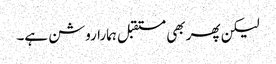
لیکن پھر بھی مستقبل ہمارا روشن ہے۔